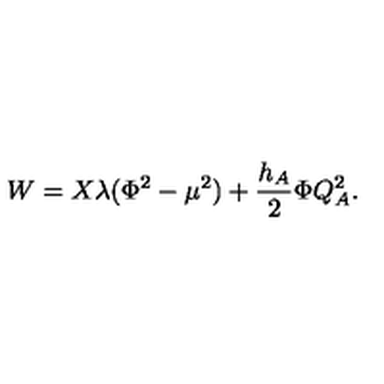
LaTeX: W = X \lambda ( \Phi ^ { 2 } - \mu ^ { 2 } ) + { \frac { h _ { A } } { 2 } } \Phi Q _ { A } ^ { 2 } .